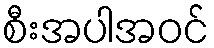
စီးအပါအဝင်